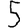
Digit: 5